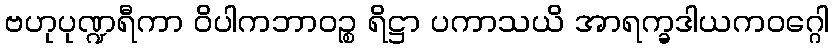
ဗဟုပုဏ္ဍရီကာ ဝိပါကဘာဝဉ္စ ရိဋ္ဌာ ပကာသယိ အာရက္ခဒါယကဝဂ္ဂေါ